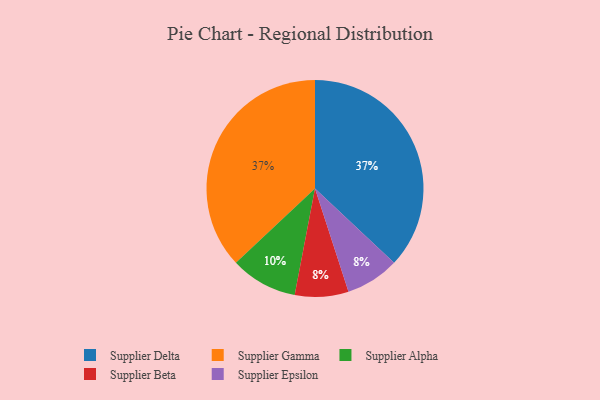
{"axis": {"x": "Category", "y": "Percentage"}, "legend": ["Supplier Alpha", "Supplier Beta", "Supplier Delta", "Supplier Epsilon", "Supplier Gamma"], "data": [{"x": "Supplier Beta", "y": 8, "type": "Supplier Beta"}, {"x": "Supplier Alpha", "y": 10, "type": "Supplier Alpha"}, {"x": "Supplier Delta", "y": 37, "type": "Supplier Delta"}, {"x": "Supplier Epsilon", "y": 8, "type": "Supplier Epsilon"}, {"x": "Supplier Gamma", "y": 37, "type": "Supplier Gamma"}]}